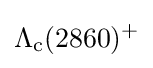
\Lambda _{\rm {c}}(2860)^{+}